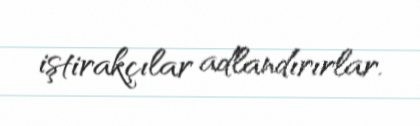
iştirakçılar adlandırırlar.